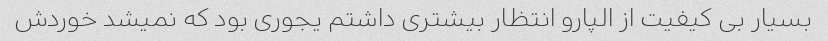
بسیار بی کیفیت از الپارو انتظار بیشتری داشتم یجوری بود که نمیشد خوردش